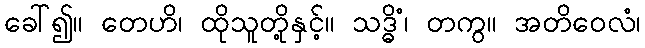
ခေါ်၍။ တေဟိ၊ ထိုသူတို့နှင့်။ သဒ္ဓိံ၊ တကွ။ အတိဝေလံ၊